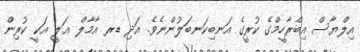
އިލްޔާސް އިބްރާހީމްގެ ކުރީގެ އަނބިކަނބަލުންނެވެ. އަދި ޑރ އާމާލް ޢަލީ އަކީ ކުރިން